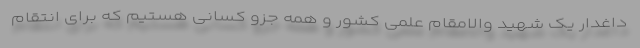
داغدار یک شهید والامقام علمی کشور و همه جزو کسانی هستیم که برای انتقام